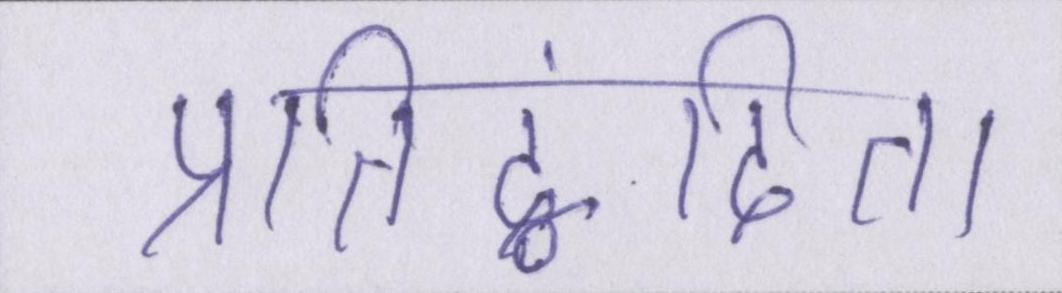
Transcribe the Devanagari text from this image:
प्रतिद्वंदिता